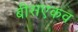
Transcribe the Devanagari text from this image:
बीसएकव